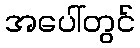
အပေါ်တွင်